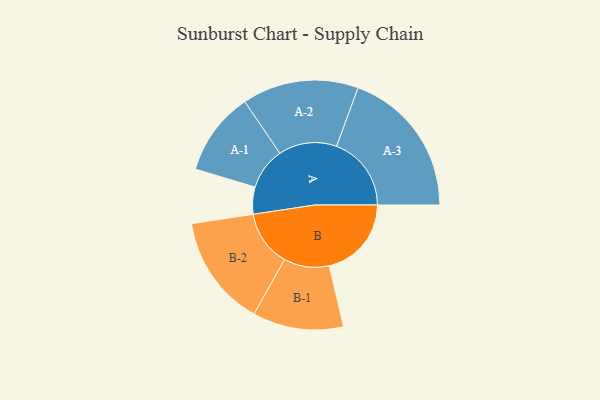
{"axis": {"x": "Segment", "y": "Value"}, "legend": ["", "A", "B"], "data": [{"x": "A", "y": 106, "type": ""}, {"x": "B", "y": 322, "type": ""}, {"x": "A-1", "y": 164, "type": "A"}, {"x": "A-2", "y": 228, "type": "A"}, {"x": "A-3", "y": 293, "type": "A"}, {"x": "B-1", "y": 178, "type": "B"}, {"x": "B-2", "y": 219, "type": "B"}]}